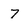
Character: 7